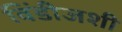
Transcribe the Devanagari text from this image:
विंडीजशी